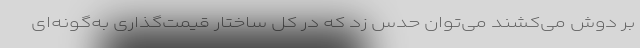
بر دوش می‌کشند می‌توان حدس زد که در کل ساختار قیمت‌گذاری به‌گونه‌ای